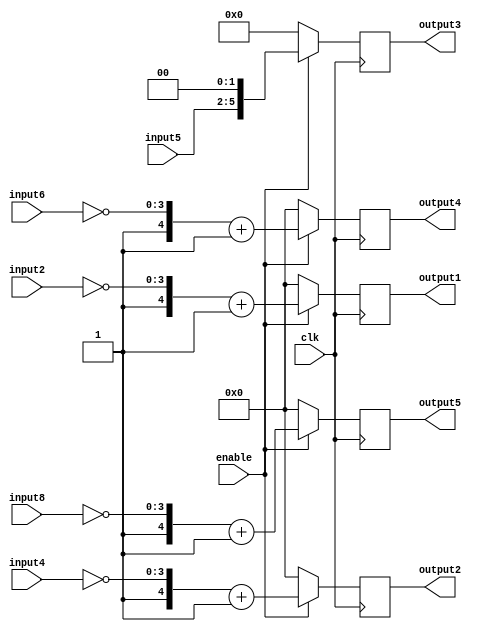
/*
	Author: Aniket Badhan
	Description: Multiplication stage
*/

`timescale 1ns / 1ps

module ConvolutionStage1(
	input clk,
	input enable,
    	input [3:0] input2,
    	input [3:0] input4,
   	input [3:0] input5,
    	input [3:0] input6,
    	input [3:0] input8,
    	output reg signed [4:0] output1,
   	output reg signed [4:0] output2,
    	output reg signed [5:0] output3,
    	output reg signed [4:0] output4,
    	output reg signed [4:0] output5 
    );
	
	always @ (posedge clk) begin
		if(enable) begin
			output1 <= {1'b1, ~(input2)} + 5'b00001;			//To multiply by -1, add 1 to 1's complement of the original number
			output2 <= {1'b1, ~(input4)} + 5'b00001;
			output3 <= {2'b00, input5} << 2;				//multiplication by 4
			output4 <= {1'b1, ~(input6)} + 5'b00001;
			output5 <= {1'b1, ~(input8)} + 5'b00001;
		end
		else begin
			output1 <= 0;	
			output2 <= 0;
			output3 <= 0;
			output4 <= 0;
			output5 <= 0;
		end
	end
	
endmodule